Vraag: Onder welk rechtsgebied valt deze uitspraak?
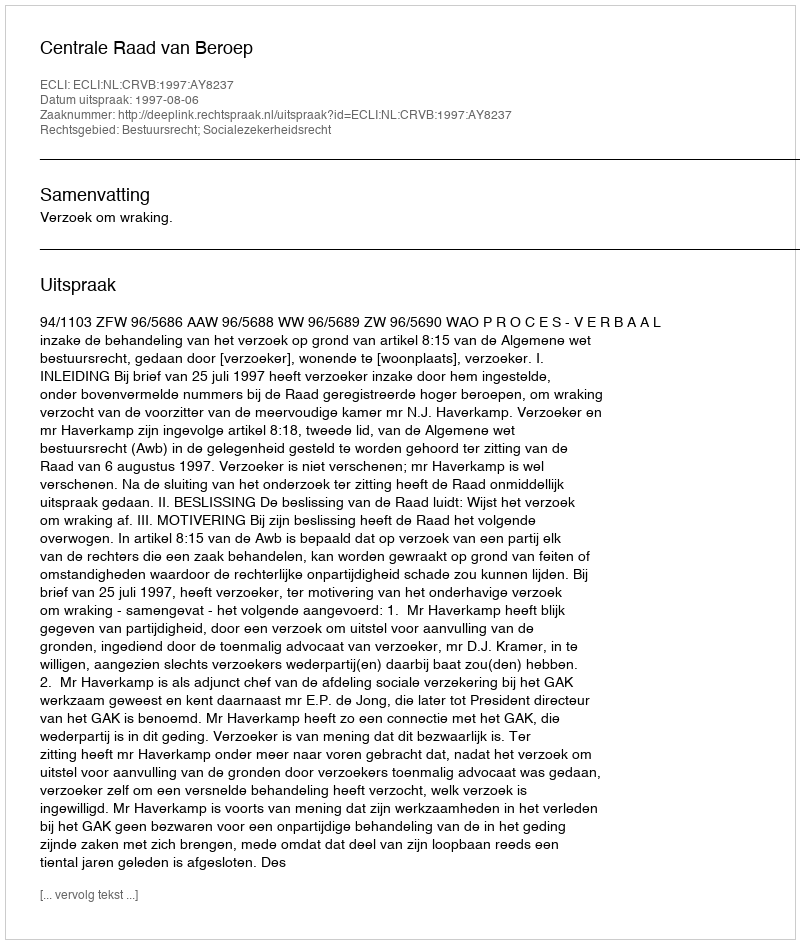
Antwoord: Bestuursrecht; Socialezekerheidsrecht